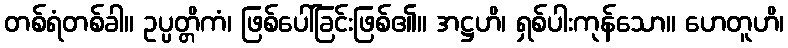
တစ်ရံတစ်ခါ။ ဥပ္ပတ္တိကံ၊ ဖြစ်ပေါ်ခြင်းဖြစ်၏။ အဋ္ဌဟိ၊ ရှစ်ပါးကုန်သော။ ဟေတူဟိ၊